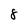
Character: 8